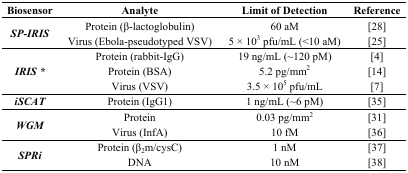
<table><thead><tr><td><b>Biosensor</b></td><td><b>Analyte</b></td><td><b>Limit of Detection</b></td><td><b>Reference</b></td></tr></thead><tbody><tr><td rowspan="2"><i><b>SP-IRIS</b></i></td><td>Protein (β-lactoglobulin)</td><td>60 aM</td><td>[28]</td></tr><tr><td>Virus (Ebola-pseudotyped VSV)</td><td>5 × 10<sup>3</sup> pfu/mL (&lt;10 aM)</td><td>[25]</td></tr><tr><td rowspan="3"><i><b>IRIS *</b></i></td><td>Protein (rabbit-IgG)</td><td>19 ng/mL (~120 pM)</td><td>[4]</td></tr><tr><td>Protein (BSA)</td><td>5.2 pg/mm<sup>2</sup></td><td>[14]</td></tr><tr><td>Virus (VSV)</td><td>3.5 × 10<sup>5</sup> pfu/mL</td><td>[7]</td></tr><tr><td><i><b>iSCAT</b></i></td><td>Protein (IgG1)</td><td>1 ng/mL (~6 pM)</td><td>[35]</td></tr><tr><td rowspan="2"><i><b>WGM</b></i></td><td>Protein</td><td>0.03 pg/mm<sup>2</sup></td><td>[31]</td></tr><tr><td>Virus (InfA)</td><td>10 fM</td><td>[36]</td></tr><tr><td rowspan="2"><i><b>SPRi</b></i></td><td>Protein (β<sub>2</sub>m/cysC)</td><td>1 nM</td><td>[37]</td></tr><tr><td>DNA</td><td>10 nM</td><td>[38]</td></tr></tbody></table>